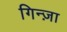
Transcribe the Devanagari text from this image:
गिन्ज़ा